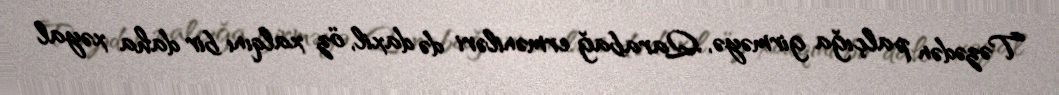
Təzədən palçığa girməyə, Qarabağ erməniləri də daxil, öz xalqını bir daha xəyal